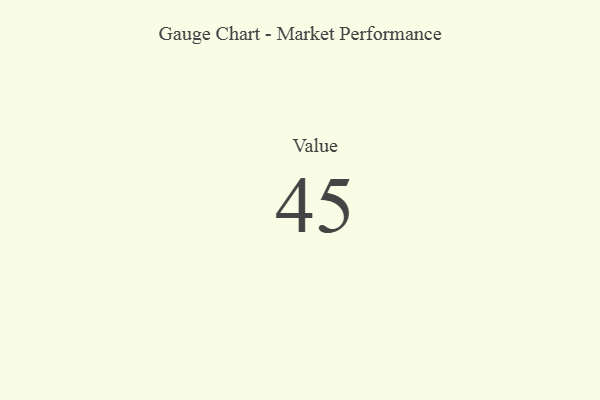
{"axis": {"x": "Metric", "y": "Value"}, "legend": [""], "data": [{"x": "Value", "y": 45, "type": ""}]}